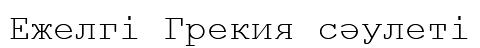
Ежелгі Грекия сәулеті